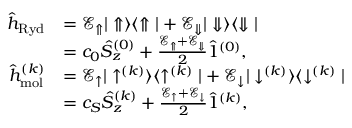
\begin{array} { r l } { \hat { h } _ { \mathrm { R y d } } } & { = \mathcal { E } _ { \Uparrow } | \Uparrow \rangle \langle \Uparrow | + \mathcal { E } _ { \Downarrow } | \Downarrow \rangle \langle \Downarrow | } \\ & { = c _ { 0 } \hat { S } _ { z } ^ { ( 0 ) } + \frac { \mathcal { E } _ { \Uparrow } + \mathcal { E } _ { \Downarrow } } { 2 } \hat { 1 } ^ { ( 0 ) } , } \\ { \hat { h } _ { \mathrm { m o l } } ^ { ( k ) } } & { = \mathcal { E } _ { \uparrow } | \uparrow ^ { ( k ) } \rangle \langle \uparrow ^ { ( k ) } | + \mathcal { E } _ { \downarrow } | \downarrow ^ { ( k ) } \rangle \langle \downarrow ^ { ( k ) } | } \\ & { = c _ { S } \hat { S } _ { z } ^ { ( k ) } + \frac { \mathcal { E } _ { \uparrow } + \mathcal { E } _ { \downarrow } } { 2 } \hat { 1 } ^ { ( k ) } , } \end{array}